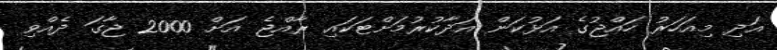
އަދި މިއަހަރު ހައްޖުގެ އަޅުކަން އަދާކުރުމަށްޓަކައި ރާއްޖެ އަށް 2000 ޖާގަ ދެއްވި